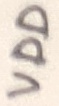
Text: VDD